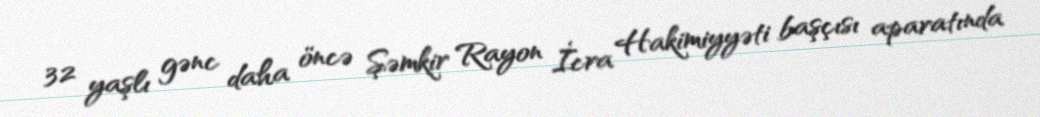
32 yaşlı gənc daha öncə Şəmkir Rayon İcra Hakimiyyəti başçısı aparatında